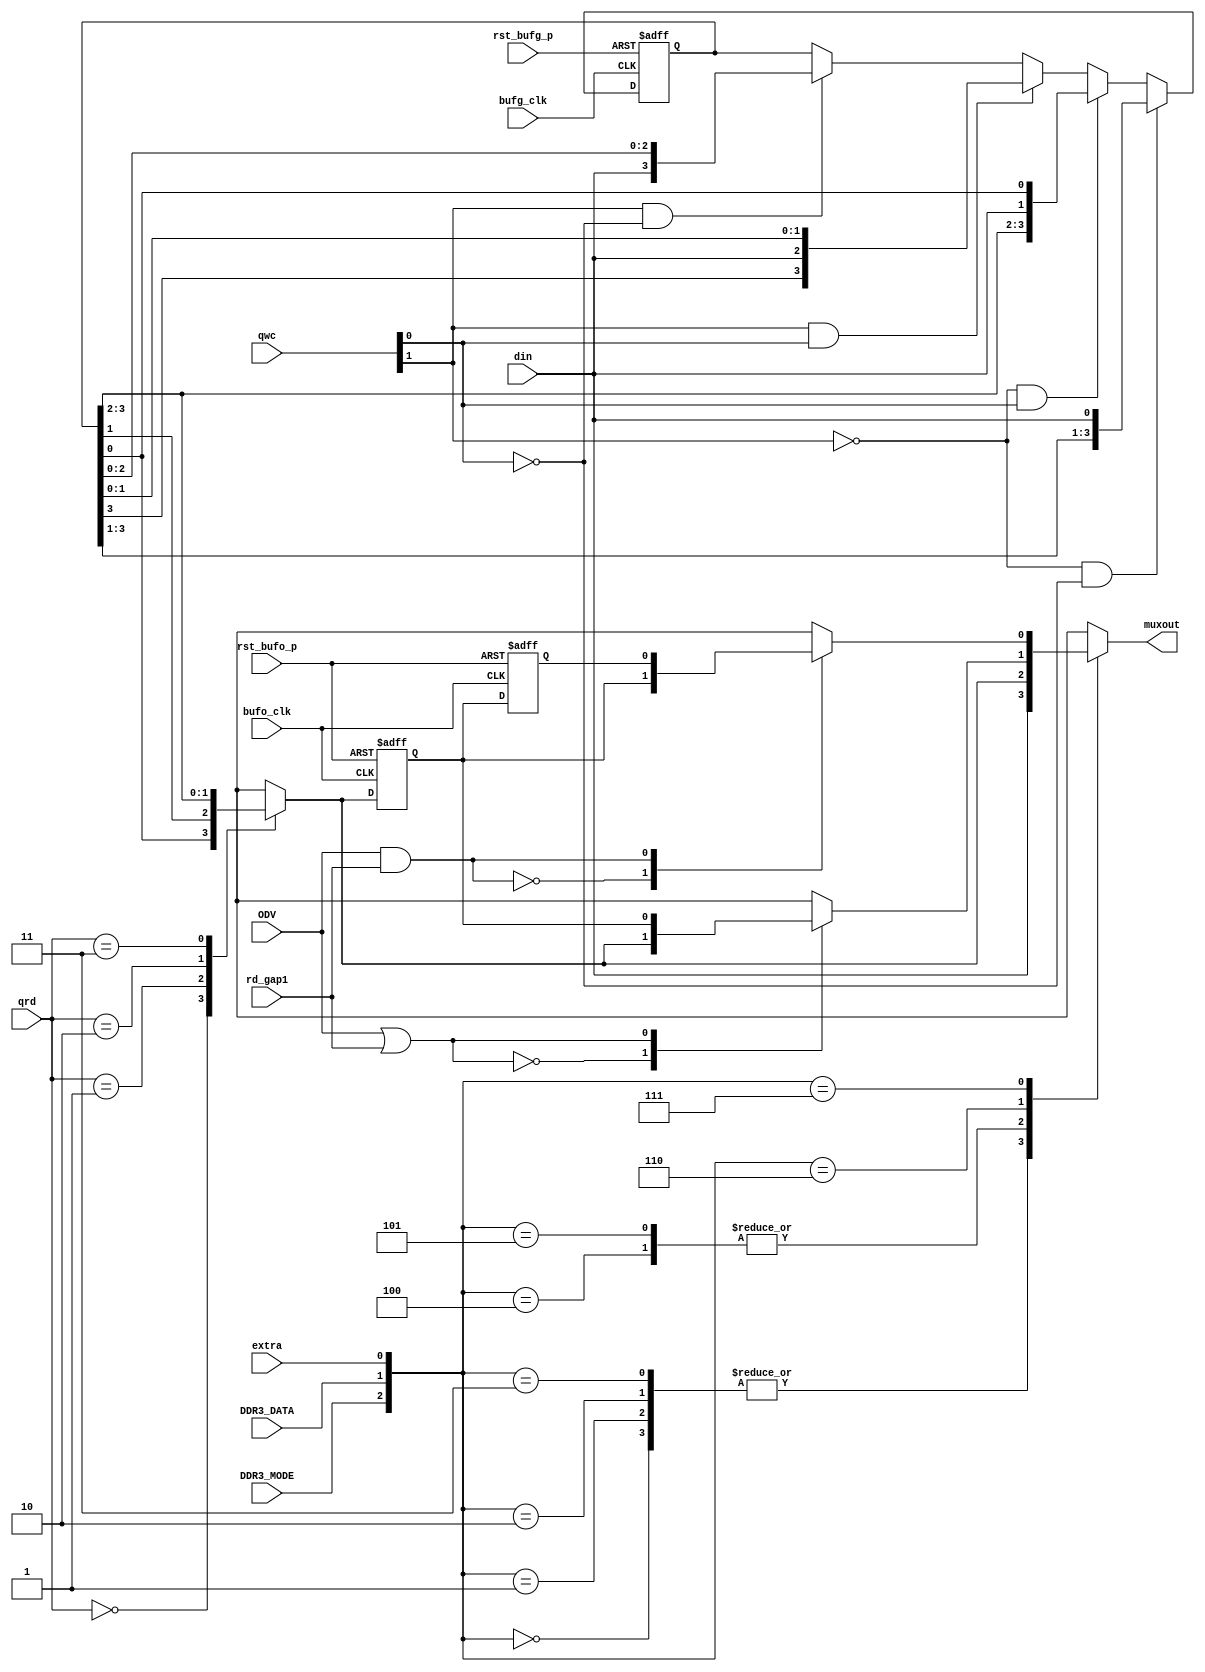
module fifo_tdpipe_oserdese1_vlog (muxout, din, qwc, qrd, 
		rd_gap1,
		bufg_clk, bufo_clk, rst_bufo_p, rst_bufg_p,
		DDR3_DATA, extra, ODV, DDR3_MODE
		);
input		din;
input	[1:0]	qwc, qrd;
input		rd_gap1;
input		rst_bufo_p, rst_bufg_p;
input		bufg_clk, bufo_clk;
input		DDR3_DATA, ODV;
input		extra;
input		DDR3_MODE;
output		muxout;
reg		muxout;
reg		qout1, qout2;
reg		qout_int, qout_int2;
reg	[4:1]	fifo;
reg		cin1;
reg		omux;
wire	[2:0]	sel;
reg		pipe1, pipe2;
wire		selqoi, selqoi2;
wire	[2:0]	selmuxout;
always @ (posedge bufg_clk or posedge rst_bufg_p)
	begin
	if (rst_bufg_p)
		begin
			fifo <= #10 4'b0000;
		end
	else if (!qwc[1] & !qwc[0])
		begin
			fifo <= #10 {fifo[4:2],din};
		end
	else if (!qwc[1] & qwc[0])
		begin
			fifo <= #10 {fifo[4:3],din,fifo[1]};
		end
	else if (qwc[1] & qwc[0])
		begin
			fifo <= #10 {fifo[4],din,fifo[2:1]};
		end
	else if (qwc[1] & !qwc[0])
		begin
			fifo <= #10 {din,fifo[3:1]};
		end
	end
always @ (qrd or fifo)
	begin
	case (qrd)
	2'b00: omux <= #10 fifo[1];
	2'b01: omux <= #10 fifo[2];
	2'b10: omux <= #10 fifo[4];
	2'b11: omux <= #10 fifo[3];
	default: omux <= #10 fifo[1];
	endcase
	end
always @ (posedge bufo_clk or posedge rst_bufo_p)
	begin
	if (rst_bufo_p)
		begin
			qout_int <= #10 1'b0;
			qout_int2 <= #10 1'b0;
		end
	else
		begin
			qout_int <= #10 omux;
			qout_int2 <= #10 qout_int;
		end
	end
assign #10 selqoi = ODV | rd_gap1;
always @ (selqoi or qout_int or omux)
	begin
	case(selqoi)
	1'b0: qout1 <= #10 omux;
	1'b1: qout1 <= #10 qout_int;
	default: qout1 <= #10 omux;
	endcase
	end
assign #10 selqoi2 = ODV & rd_gap1;
always @ (selqoi2 or qout_int2 or qout_int)
	begin
	case(selqoi2)
	1'b0: qout2 <= #10 qout_int;
	1'b1: qout2 <= #10 qout_int2;
	default qout2 <= #10 qout_int;
	endcase
	end
assign #14 selmuxout = {DDR3_MODE,DDR3_DATA,extra};
always @ (selmuxout or din or omux or qout1 or qout2)
	begin
	case (selmuxout)
	3'b000: muxout = #1 din;
	3'b001: muxout = #1 din;
	3'b010: muxout = #1 din;
	3'b011: muxout = #1 din;
	3'b100: muxout = #1 omux;
	3'b101: muxout = #1 omux;
	3'b110: muxout = #1 qout1;
	3'b111: muxout = #1 qout2;
	default: muxout = #10 din;
	endcase
	end
endmodule